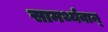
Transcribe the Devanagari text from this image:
सामर्थ्यवान्